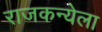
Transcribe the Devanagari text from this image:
राजकन्येला